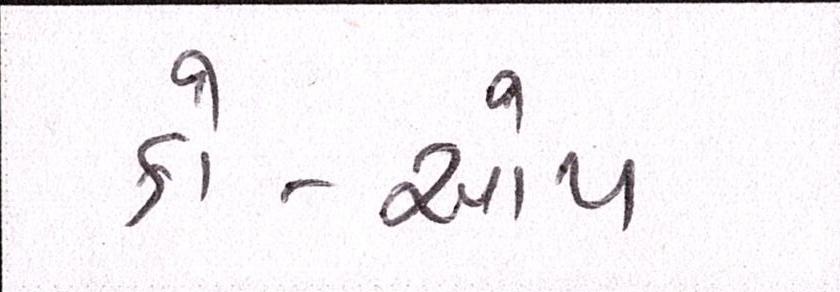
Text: કો-ઓપ